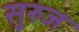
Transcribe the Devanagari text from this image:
सुरुज